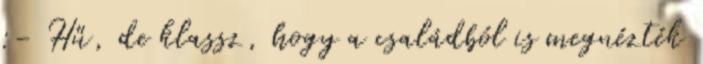
:- Hű, de klassz, hogy a családból is megnézték